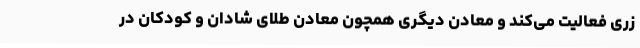
زری فعالیت می‌کند و معادن دیگری همچون معادن طلای شادان و کودکان در